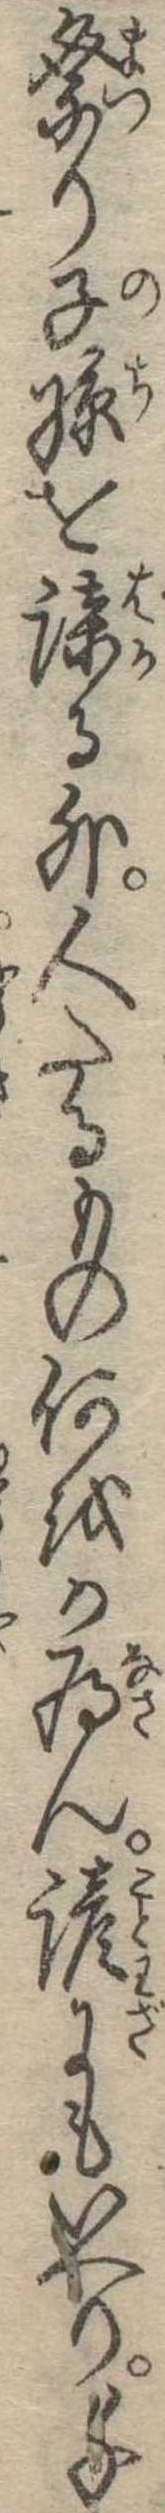
祭り子孫を謀る外人たるもの何をか為ん諺にもいへり千